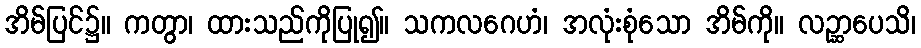
အိမ်ပြင်၌။ ကတွာ၊ ထားသည်ကိုပြု၍။ သကလဂေဟံ၊ အလုံးစုံသော အိမ်ကို။ လဉ္ဆာပေသိ၊